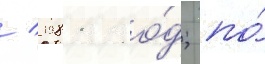
/ 1981 го́д; по́